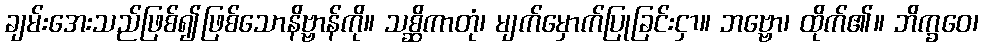
ချမ်းအေးသည်ဖြစ်၍ဖြစ်သောနိဗ္ဗာန်ကို။ သစ္ဆိကာတုံ၊ မျက်မှောက်ပြုခြင်းငှာ။ ဘဗ္ဗော၊ ထိုက်၏။ ဘိက္ခဝေ၊